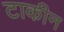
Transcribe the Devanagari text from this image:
टाकीन